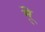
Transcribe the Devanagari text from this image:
मे्